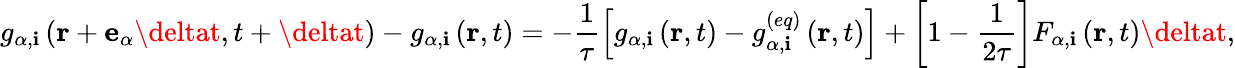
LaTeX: g_{\alpha,\mathbf{i}}\left(\mathbf{{r}}+\mathbf{{e}}_{\alpha}\deltat,t+\deltat\right)-g_{\alpha,\mathbf{i}}\left(\mathbf{{r}},t\right)=-\frac{{1}}{{\tau}}\left[g_{\alpha,\mathbf{i}}\left(\mathbf{{r}},t\right)-g_{\alpha,\mathbf{i}}^{(eq)}\left(\mathbf{{r}},t\right)\right]+\left[1-\frac{{1}}{{2\tau}}\right]F_{\alpha,\mathbf{i}}\left(\mathbf{{r}},t\right)\deltat,